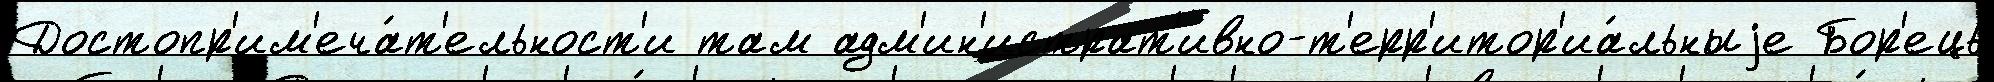
Достопр'им'еча́т'ельност'и там адм'ин'истрат'ивно-т'ерр'итор'иа́льныjе Бор'ець